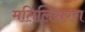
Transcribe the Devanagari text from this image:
मतिलिसरण